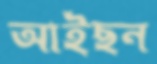
আইছন